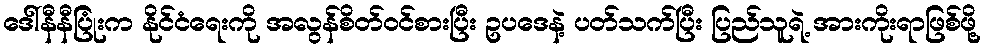
ဒေါ်နီနီပြုံးက နိုင်ငံရေးကို အလွန်စိတ်ဝင်စားပြီး ဥပဒေနဲ့ ပတ်သက်ပြီး ပြည်သူရဲ့ အားကိုးရာဖြစ်ဖို့